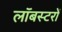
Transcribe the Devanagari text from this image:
लॉबस्टरों